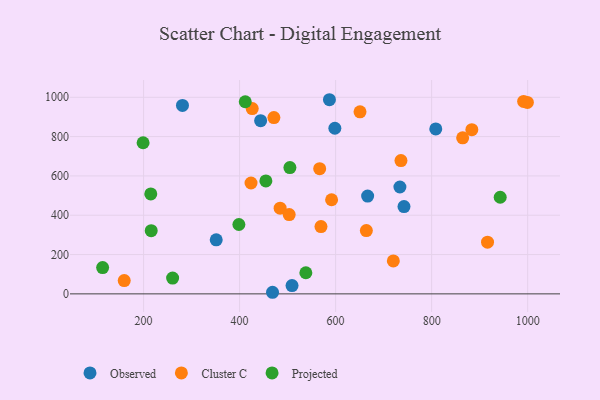
{"axis": {"x": "Ad Spend", "y": "Sales"}, "legend": ["Cluster C", "Observed", "Projected"], "data": [{"x": "587.1", "y": 987.6, "type": "Observed"}, {"x": "733.9", "y": 543.7, "type": "Observed"}, {"x": "351.3", "y": 275.1, "type": "Observed"}, {"x": "443.8", "y": 881.1, "type": "Observed"}, {"x": "598.4", "y": 842.6, "type": "Observed"}, {"x": "468.6", "y": 8.1, "type": "Observed"}, {"x": "808.6", "y": 839.3, "type": "Observed"}, {"x": "509.2", "y": 42.3, "type": "Observed"}, {"x": "281.0", "y": 958.4, "type": "Observed"}, {"x": "742.4", "y": 444.3, "type": "Observed"}, {"x": "666.7", "y": 497.7, "type": "Observed"}, {"x": "471.4", "y": 896.7, "type": "Cluster C"}, {"x": "736.1", "y": 678.3, "type": "Cluster C"}, {"x": "159.7", "y": 67.4, "type": "Cluster C"}, {"x": "484.4", "y": 436.0, "type": "Cluster C"}, {"x": "664.0", "y": 322.0, "type": "Cluster C"}, {"x": "503.3", "y": 403.3, "type": "Cluster C"}, {"x": "720.2", "y": 167.6, "type": "Cluster C"}, {"x": "999.4", "y": 973.9, "type": "Cluster C"}, {"x": "569.5", "y": 342.3, "type": "Cluster C"}, {"x": "650.8", "y": 926.0, "type": "Cluster C"}, {"x": "916.4", "y": 263.1, "type": "Cluster C"}, {"x": "591.6", "y": 478.8, "type": "Cluster C"}, {"x": "864.6", "y": 794.0, "type": "Cluster C"}, {"x": "991.6", "y": 978.9, "type": "Cluster C"}, {"x": "423.8", "y": 564.0, "type": "Cluster C"}, {"x": "883.7", "y": 835.4, "type": "Cluster C"}, {"x": "426.3", "y": 942.7, "type": "Cluster C"}, {"x": "566.8", "y": 636.6, "type": "Cluster C"}, {"x": "199.0", "y": 768.7, "type": "Projected"}, {"x": "215.0", "y": 508.3, "type": "Projected"}, {"x": "411.8", "y": 977.2, "type": "Projected"}, {"x": "454.7", "y": 574.6, "type": "Projected"}, {"x": "504.8", "y": 642.6, "type": "Projected"}, {"x": "114.7", "y": 134.0, "type": "Projected"}, {"x": "215.9", "y": 321.4, "type": "Projected"}, {"x": "260.5", "y": 80.5, "type": "Projected"}, {"x": "538.0", "y": 107.4, "type": "Projected"}, {"x": "942.8", "y": 491.6, "type": "Projected"}, {"x": "398.5", "y": 352.9, "type": "Projected"}]}